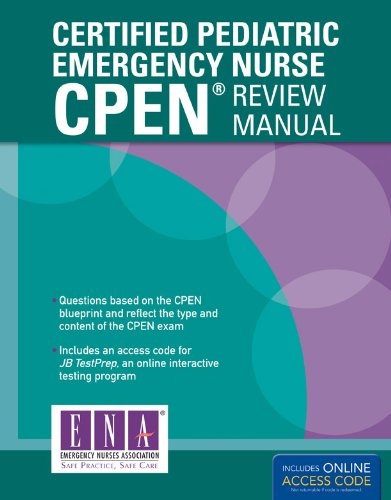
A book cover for Certified Pediatric Emergency Nurse (CPEN) Review Manual; EMERG NURSES ASSOC; Medical Books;